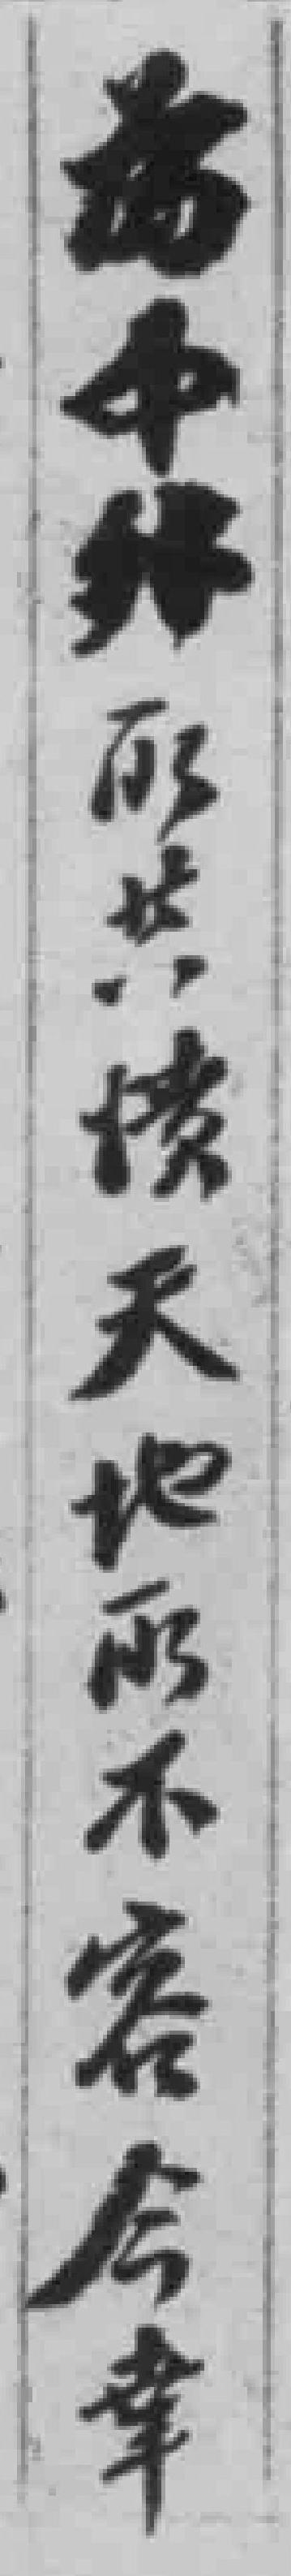
为中*所共憤天地所不容今辛